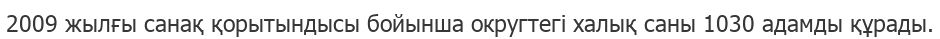
2009 жылғы санақ қорытындысы бойынша округтегі халық саны 1030 адамды құрады.